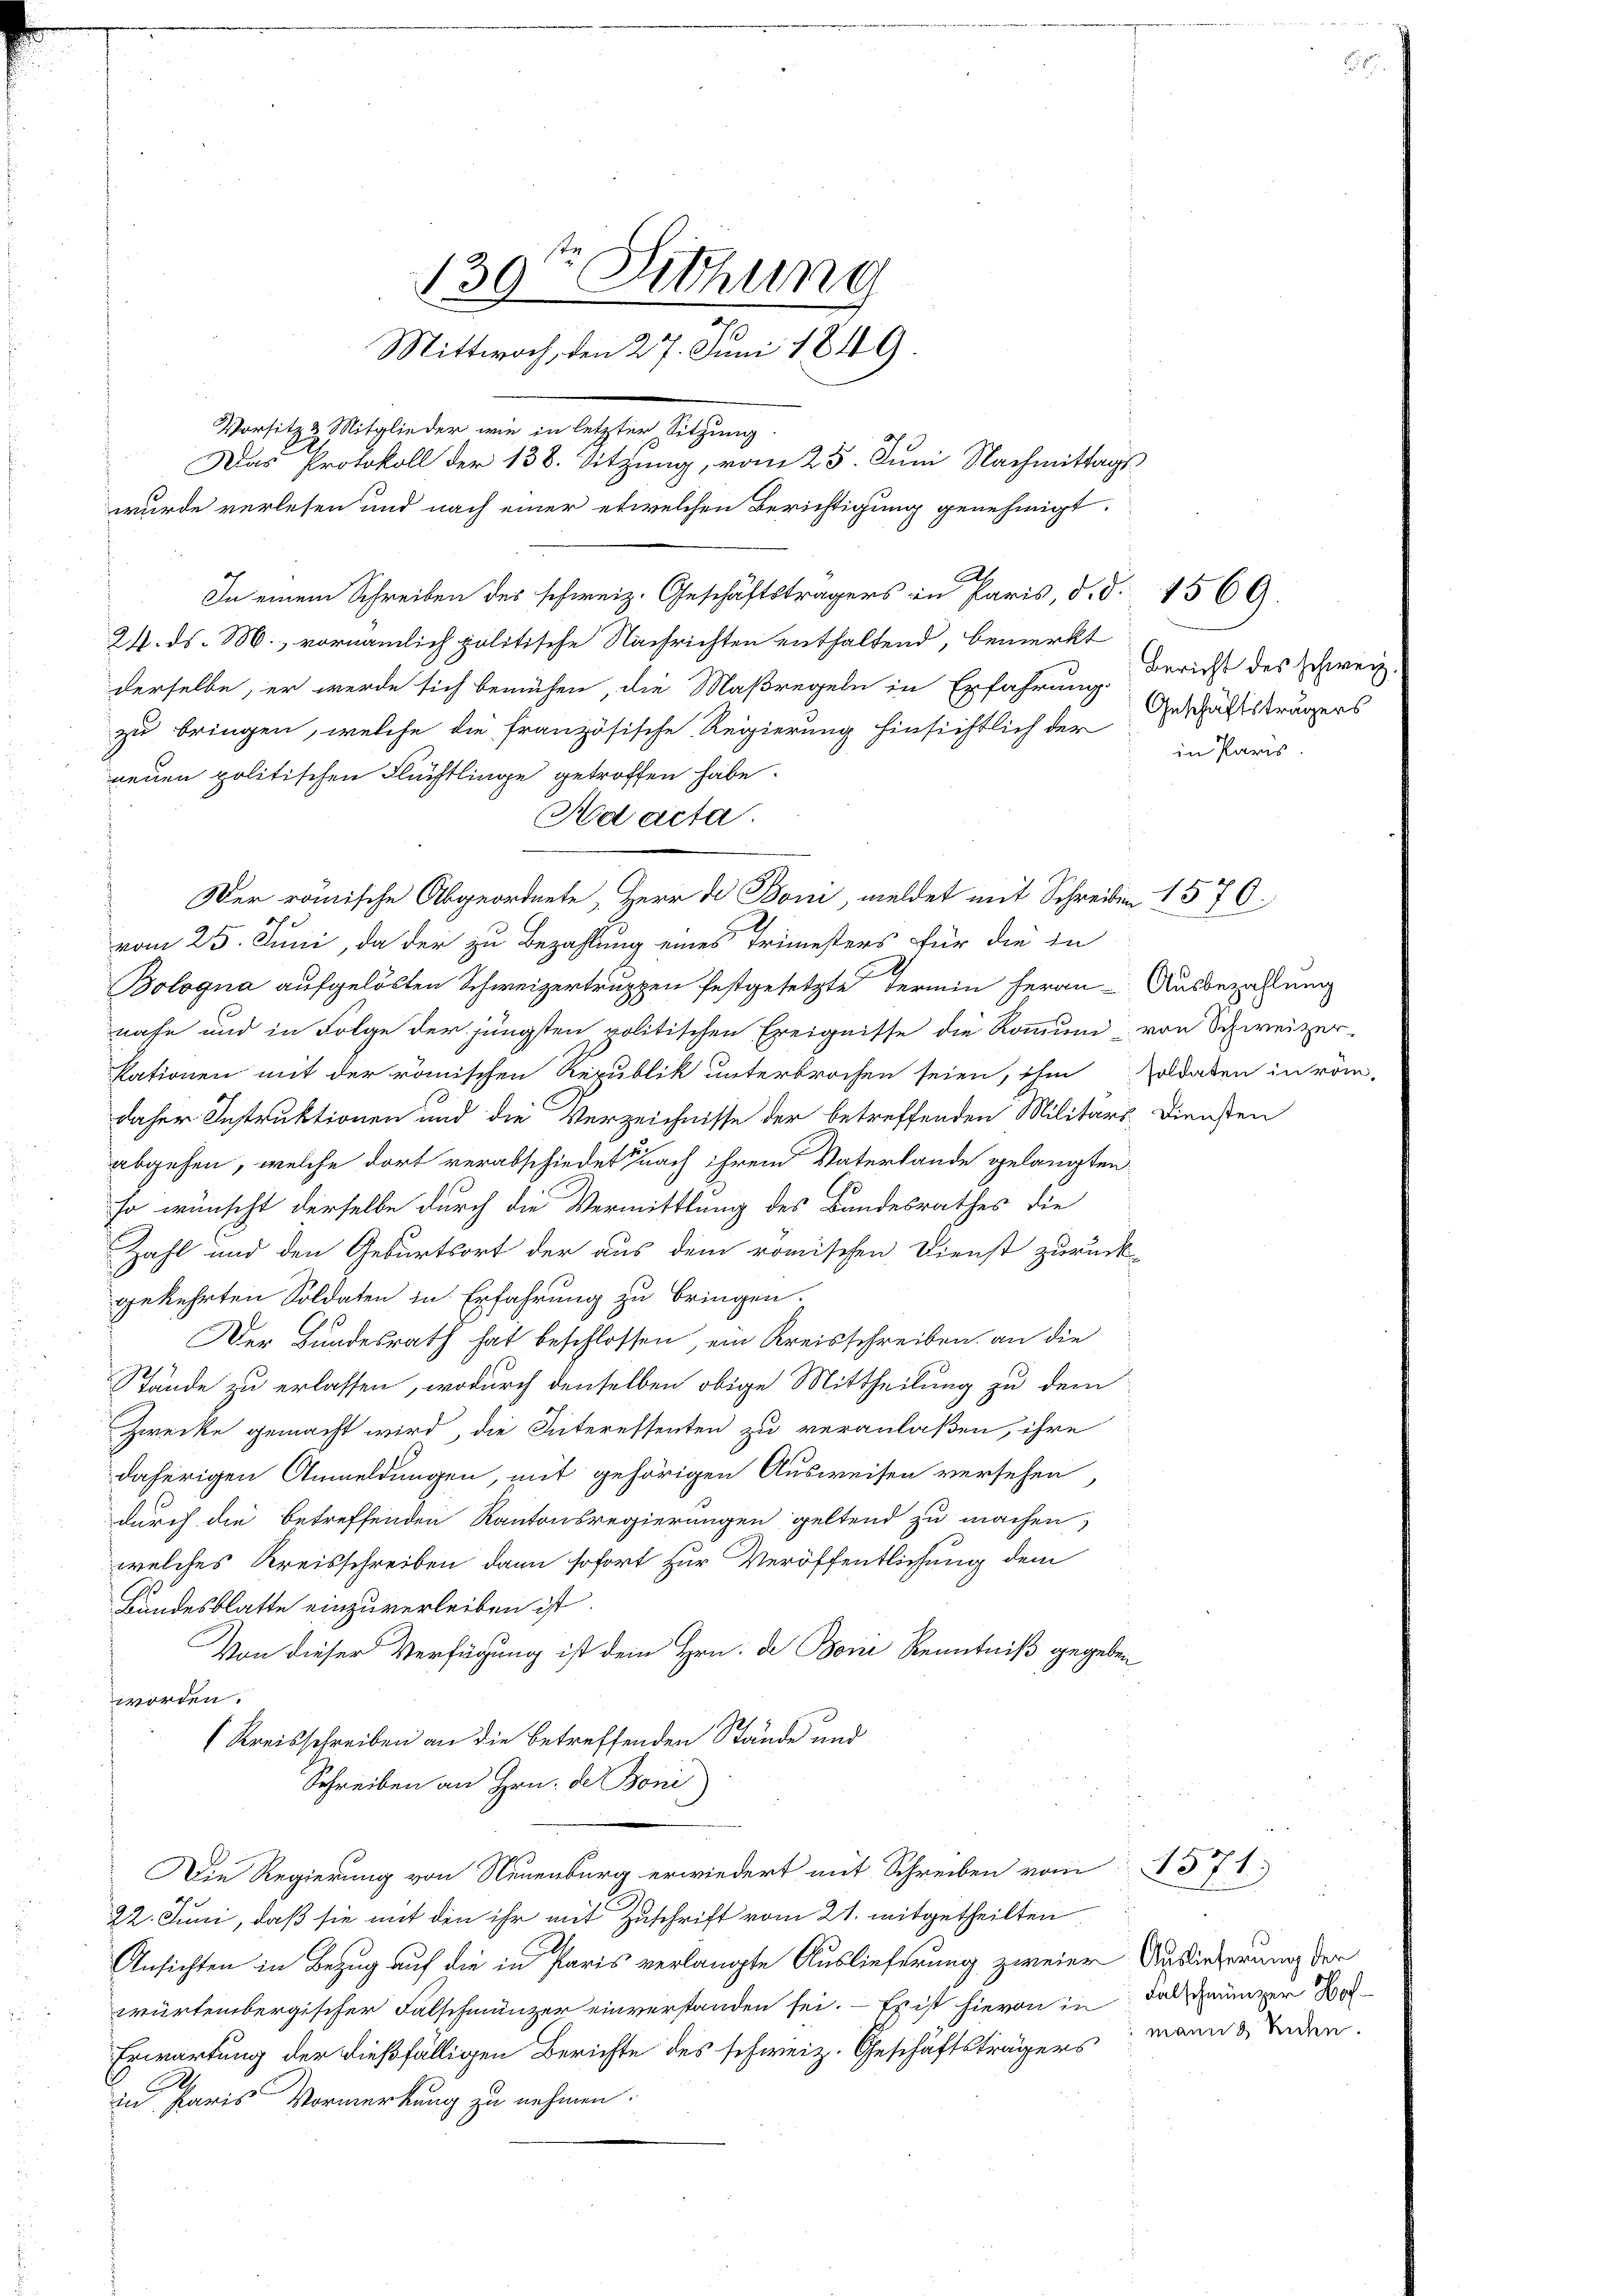
130ten Sitzung
Mittwoch, den 27. Juni 1849.
Vorsitz & Mitglieder wie in letzter Sitzung
Das Protokoll der 138. Sitzung, vom 25. Juni Nachmittags
wurde verlesen und nach einer etwelchen Berichtigung genehmigt.

24. ds. M., vornämlich politische Nachrichten enthaltend, bemerkt
derselbe, er werde sich bemühen, die Maßregeln in Erfahrung Bericht des Schweiz
zu bringen, welche die französische Regierung hinsichtlich der
neuen politischen Flüchtlinge getroffen habe.
Der römische Abgeordnete, Herr Dr Boni, meldet mit Schreiben 1570.
vom 25. Juni, da der zu Bezahlung eines Trimesters für die in
Bologna aufgelösten Schweizertruppen festgesetzte Termin heran Ausbezahlung
nahe und in Folge der jüngsten politischen Ereignisse die Kommuni von Schweizer-
kationen mit der römischen Republik unterbrochen seien, ihm soldaten in röm
daher Instruktionen und die Verzeichnisse der betreffenden Militärs- Diensten
abgehen, welche dort verabschiedet, nach ihrem Vaterlande gelangten
so wünscht derselbe durch die Vermittlung des Bandesrathes die
Zahl und den Geburtsort der aus dem römischen Dienst zurück-
gekehrten Soldaten in Erfahrung zu bringen.
Der Bundesrath hat beschlossen, ein Kreisschreiben an die
Stände zu erlassen, wodurch denselben obige Mittheilung zu dem
Zwecke gemacht wird, die Interessenten zu veranlaßen, ihre
daherigen Anmeldungen, mit gehörigen Ausweisen versehen,
durch die betreffenden Kantonsregierungen geltend zu machen,
welches Kreisschreiben dann sofort zur Veröffentlichung dem
Bundesblatte einzuverleiben ist.
Von dieser Verfügung ist dem Hrn. de Bone Kenntniß gegeben
worden.
(Kreisschreiben an die betreffenden Stände und
Schreiben an Hrn. de Boni
Die Regierung von Neuenburg erwiedert mit Schreiben vom 571.
22. Juni, daß sie mit den ihr mit Zuschrift vom 21. mitgetheilten
Ansichten in Bezug auf die in Paris verlangte Auslieferung zweier Auslieferung der
würtembergischer Falschmünzer einverstanden sei. — Es ist hievon in das einger Son
Erwartung der dießfälligen Berichte des schweiz. Geschäftsträgers mann & inden.
in Paris Vormerkung zu nehmen.

Ad acta.

In einem Schreiben des schweiz. Geschäftsträgers in Paris, d. d. 1569.

Geschäftsträgers
in Paris.